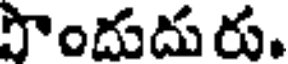
పొందుదురు.